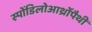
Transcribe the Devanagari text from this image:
स्पोंडिलोआर्थ्रोपैथी